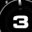
Digit: 3